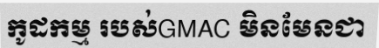
កូដកម្ម របស់GMAC មិនមែនជា